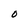
Character: O